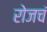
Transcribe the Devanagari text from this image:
रोजचं